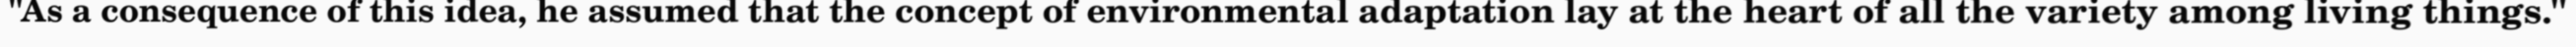
"As a consequence of this idea, he assumed that the concept of environmental adaptation lay at the heart of all the variety among living things."